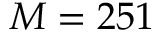
M = 2 5 1